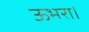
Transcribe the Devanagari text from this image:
ऊभरा।